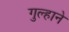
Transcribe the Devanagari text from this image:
गुल्हाने